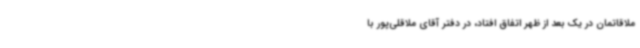
ملاقاتمان در یک بعد از ظهر اتفاق افتاد، در دفتر آقای ملاقلی‌پور با